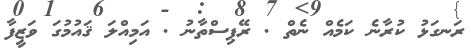
ރަނގަޅު ކުރާނެ ކަމެއް ނެތް . ރޭޕިސްތާނު . އަމިއްލަ ޤައުމުގަ ވަޒީފާ